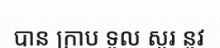
បាន ក្រាប ទូល សួរ នូវ